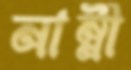
নাম্নী